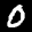
Label: 0